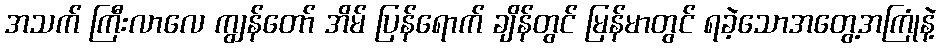
အသက် ကြီးလာလေ ကျွန်တော် အိမ် ပြန်ရောက် ချိန်တွင် မြန်မာတွင် ရခဲ့သောအတွေ့အကြုံနဲ့